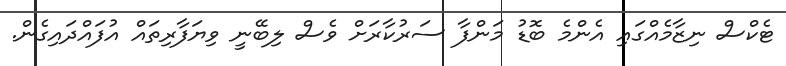
ޓެކްސް ނިޒާމެއްގައި އެންމެ ބޮޑު މަންފާ ސަރުކާރަށް ވެސް ލިބޭނީ ވިޔަފާރިތައް އުފައްދައިގެން.